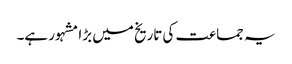
یہ جماعت کی تاریخ میں بڑا مشہور ہے۔